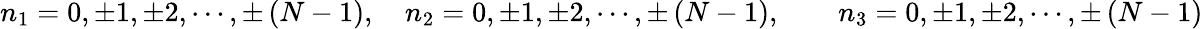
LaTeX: n_{1}=0,\pm 1,\pm 2,\cdots,\pm\left(N-1\right),\quad n_{2}=0,\pm 1,\pm 2,\cdots,\pm\left(N-1\right),\qquad n_{3}=0,\pm 1,\pm 2,\cdots,\pm\left(N-1\right)